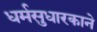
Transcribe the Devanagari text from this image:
धर्मसुधारकाने